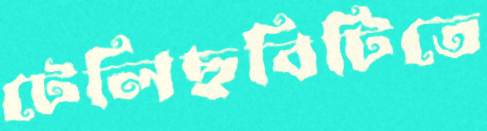
টেলিছবিটিতে